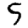
Digit: 5